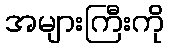
အများကြီးကို